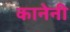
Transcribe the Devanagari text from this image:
कानेनी